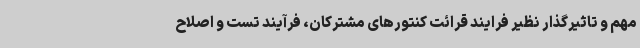
مهم و تاثیرگذار نظیر فرایند قرائت کنتورهای مشترکان، فرآیند تست و اصلاح